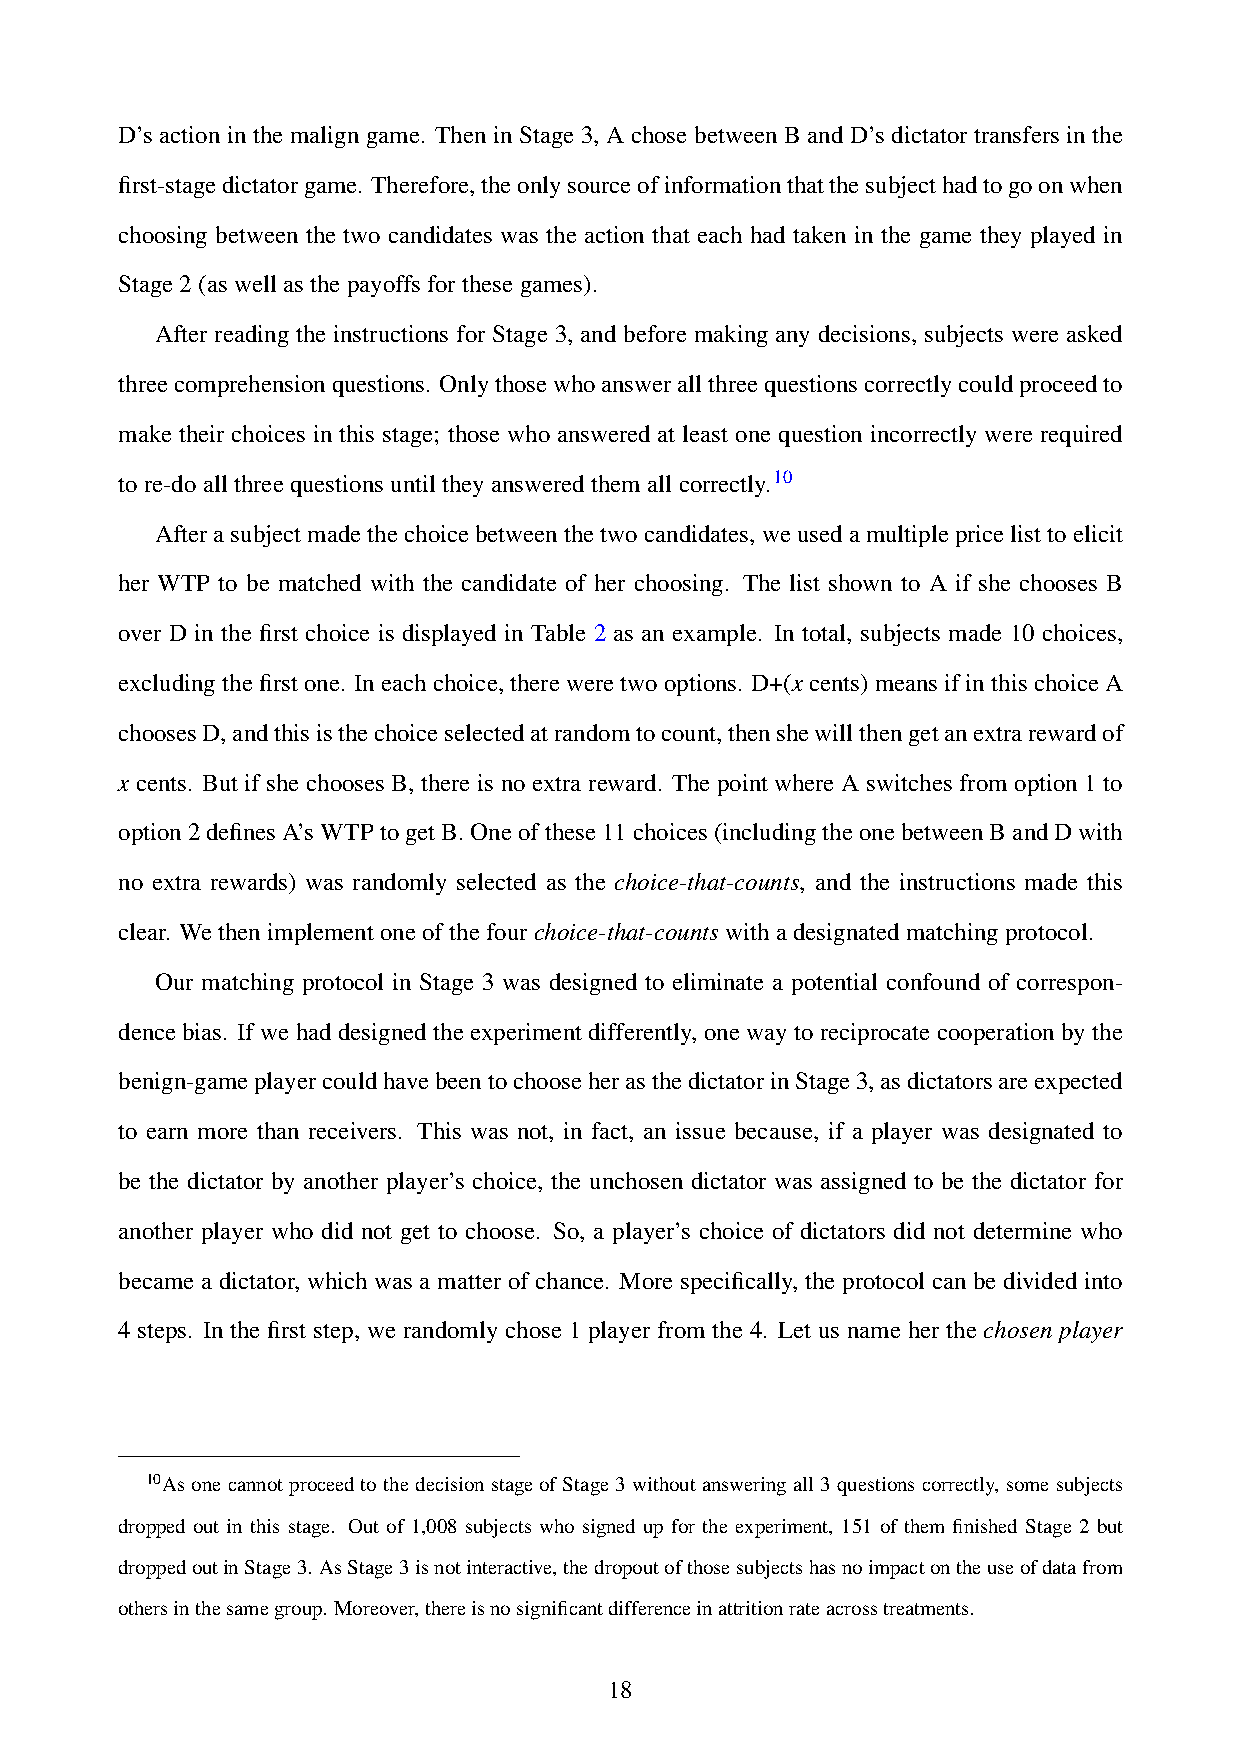
D’s action in the malign game. Then in Stage 3, A chose between B and D’s dictator transfers in the
 first-stagedictatorgame. Therefore,theonlysourceofinformationthatthesubjecthadtogoonwhen
 choosing between the two candidates was the action that each had taken in the game they played in
 Stage2(aswellasthepayoffsforthesegames).
 After reading the instructions for Stage 3, and before making any decisions, subjects were asked
 threecomprehensionquestions. Onlythosewhoanswerallthreequestionscorrectlycouldproceedto
 make their choices in this stage; those who answered at least one question incorrectly were required
 tore-doallthreequestionsuntiltheyansweredthemallcorrectly.10
 Afterasubjectmadethechoicebetweenthetwocandidates,weusedamultiplepricelisttoelicit
 her WTP to be matched with the candidate of her choosing. The list shown to A if she chooses B
 over D in the first choice is displayed in Table 2 as an example. In total, subjects made 10 choices,
 excludingthefirstone. Ineachchoice,thereweretwooptions. D+(xcents)meansifinthischoiceA
 choosesD,andthisisthechoiceselectedatrandomtocount,thenshewillthengetanextrarewardof
 x cents. But if she chooses B, there is no extra reward. The point where A switches from option 1 to
 option2definesA’sWTPtogetB.Oneofthese11choices(includingtheonebetweenBandDwith
 no extra rewards) was randomly selected as the choice-that-counts, and the instructions made this
 clear. Wethenimplementoneofthefourchoice-that-countswithadesignatedmatchingprotocol.
 Our matching protocol in Stage 3 was designed to eliminate a potential confound of correspon-
 dence bias. If we had designed the experiment differently, one way to reciprocate cooperation by the
 benign-gameplayercouldhavebeentochooseherasthedictatorinStage3,asdictatorsareexpected
 to earn more than receivers. This was not, in fact, an issue because, if a player was designated to
 be the dictator by another player’s choice, the unchosen dictator was assigned to be the dictator for
 another player who did not get to choose. So, a player’s choice of dictators did not determine who
 became a dictator, which was a matter of chance. More specifically, the protocol can be divided into
 4 steps. In the first step, we randomly chose 1 player from the 4. Let us name her the chosen player
 10AsonecannotproceedtothedecisionstageofStage3withoutansweringall3questionscorrectly, somesubjects
 dropped out in this stage. Out of 1,008 subjects who signed up for the experiment, 151 of them finished Stage 2 but
 droppedoutinStage3. AsStage3isnotinteractive,thedropoutofthosesubjectshasnoimpactontheuseofdatafrom
 othersinthesamegroup. Moreover,thereisnosignificantdifferenceinattritionrateacrosstreatments.
 18